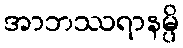
အာဘဿရာနမ္ပိ